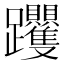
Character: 𨈍